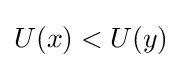
U(x)<U(y)